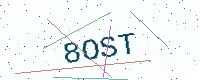
Text: 8OST